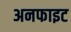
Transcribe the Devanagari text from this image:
अनफाइट